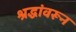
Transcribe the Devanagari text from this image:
श्रद्धांवरून